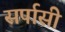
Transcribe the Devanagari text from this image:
सर्पासी